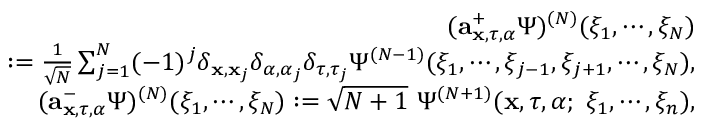
\begin{array} { r l r } & { } & { ( { \bf a } _ { { \bf x } , \tau , \alpha } ^ { + } \Psi ) ^ { ( N ) } ( \xi _ { 1 } , \cdots , \xi _ { N } ) } \\ & { } & { \quad \quad \quad : = \frac { 1 } { \sqrt { N } } \sum _ { j = 1 } ^ { N } ( - 1 ) ^ { j } \delta _ { { \bf x } , { \bf x } _ { j } } \delta _ { \alpha , \alpha _ { j } } \delta _ { \tau , \tau _ { j } } \Psi ^ { ( N - 1 ) } ( \xi _ { 1 } , \cdots , \xi _ { j - 1 } , \xi _ { j + 1 } , \cdots , \xi _ { N } ) , } \\ & { } & { ( { \bf a } _ { { \bf x } , \tau , \alpha } ^ { - } \Psi ) ^ { ( N ) } ( \xi _ { 1 } , \cdots , \xi _ { N } ) : = \sqrt { N + 1 } \ \Psi ^ { ( N + 1 ) } ( { \bf x } , \tau , \alpha ; \ \xi _ { 1 } , \cdots , \xi _ { n } ) , } \end{array}